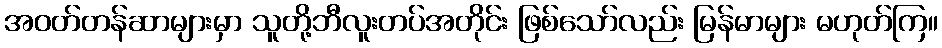
အဝတ်တန်ဆာများမှာ သူတို့ဘီလူးတပ်အတိုင်း ဖြစ်သော်လည်း မြန်မာများ မဟုတ်ကြ။